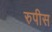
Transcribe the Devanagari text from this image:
रुपीस